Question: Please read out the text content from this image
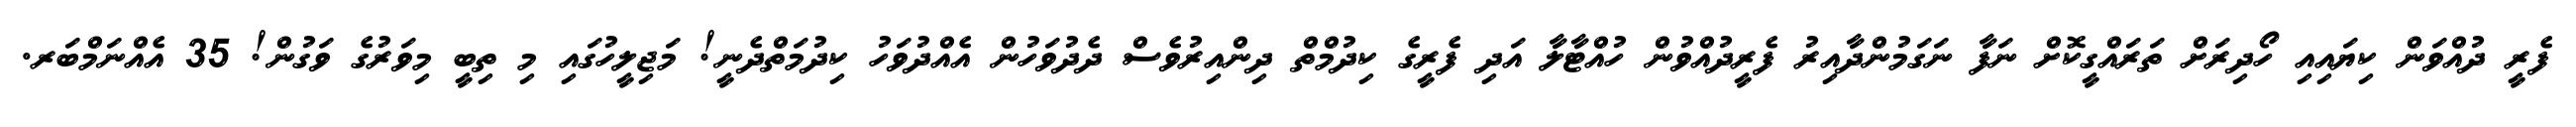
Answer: ފެރީ ދުއްވަން ކިޔައިއި ހޯދިރަށް ތަރައްގީކޮށް ނަފާ ނަގަމުންދާއިރު ފެރީދުއްވުން ހުއްޓާލާ އަދި ފެރީގެ ކިދުމްތް ދިންއިރުވެސް ދެދުވަހުން އެއްދުވަހު ކިދުމަތްދެނީ! މަޖިލީހުގައި މި ތިބީ މިވަރުގެ ވަގުން! 35 އެއްނަމްބަރ.